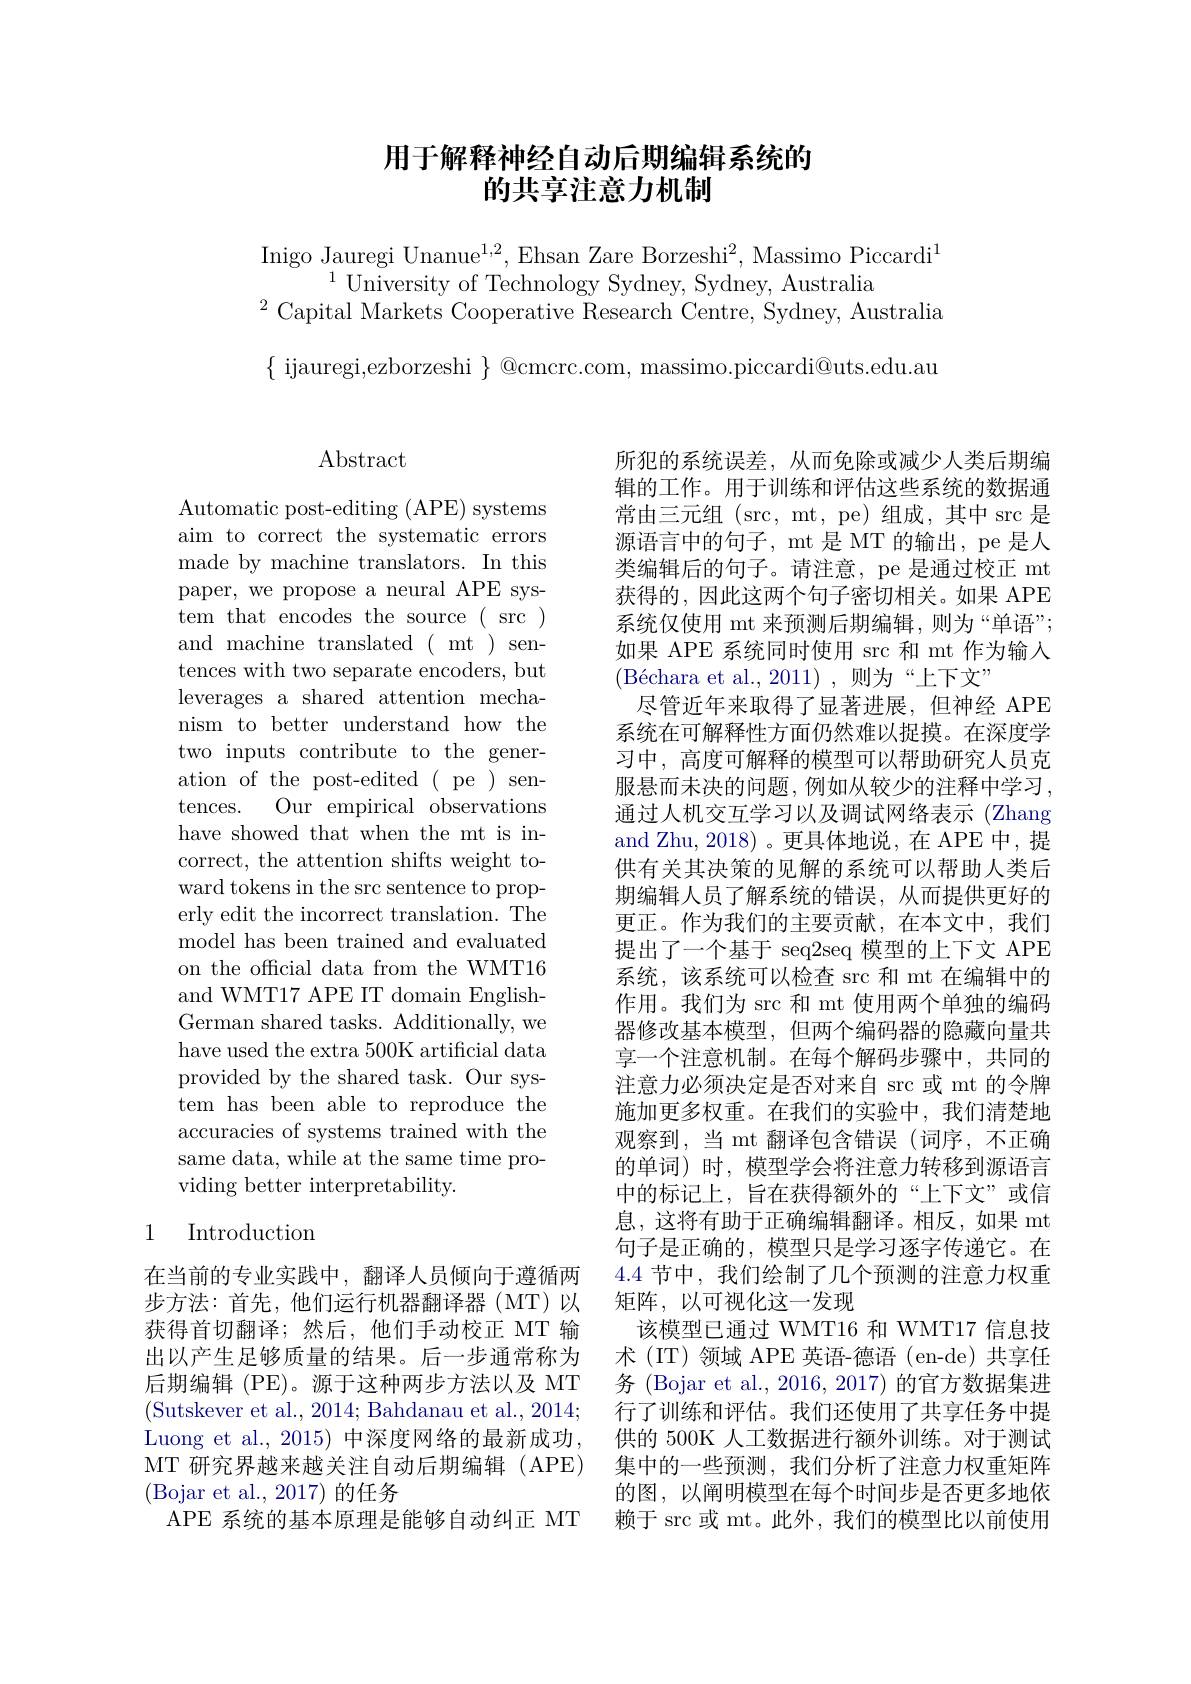
## 用于解释神经自动后期编辑系统的的共享注意力机制

Inigo Jauregi Unanue$^1,2$,Ehsan Zare Borzeshi$^2$, Massimo Piccardi$^1$
$^{1}$University of Technology Sydney, Sydney, Australia
$^{2}$Capital Markets Cooperative Research Centre, Sydney, Australia

$\{$ ijauregi,ezborzeshi $\}$ @cmcrc.com, massimo.piccardi@uts.edu.au

## $\operatorname{Abstract}$

Automatic post-editing (APE) systems aim to correct the systematic errors made by machine translators. In this paper, we propose a neural APE system that encodes the source ( src ) and machine translated ( mt ) sentences with two separate encoders, but leverages a shared attention mechanism to better understand how the two inputs contribute to the generation of the post-edited( pe ) sentences. Our empirical observations have showed that when the mt is incorrect, the attention shifts weight toward tokens in the src sentence to properly edit the incorrect translation. The model has been trained and evaluated on the official data from the WMT16 and WMT17 APE IT domain EnglishGerman shared tasks. Additionally, we have used the extra 500K artificial data provided by the shared task. Our system has been able to reproduce the accuracies of systems trained with the same data, while at the same time providing better interpretability.

### 1 Introduction

在当前的专业实践中，翻译人员倾向于遵循两步方法：首先，他们运行机器翻译器(MT)以获得首切翻译；然后，他们手动校正 MT 输出以产生足够质量的结果。后一步通常称为后期编辑 (PE)。源于这种两步方法以及 MT (Sutskever et al., 2014; Bahdanau et al., 2014; Luong et al., 2015) 中深度网络的最新成功， MT 研究界越来越关注自动后期编辑(APE) (Bojar et al.,2017)的任务
APE 系统的基本原理是能够自动纠正 MT

所犯的系统误差，从而免除或减少人类后期编辑的工作。用于训练和评估这些系统的数据通常由三元组 (src, mt, pe)组成，其中$\operatorname{src}$是源语言中的句子，mt 是 MT 的输出，pe 是人类编辑后的句子。请注意，pe 是通过校正 mt 获得的，因此这两个句子密切相关。如果 APE 系统仅使用 mt 来预测后期编辑，则为“单语”; 如果 APE 系统同时使用 src 和 mt 作为输入$( \text{B\' {e}charaetal. , 2011) , 则 为 “ 上 下 文 ” }$
尽管近年来取得了显著进展，但神经 APE 系统在可解释性方面仍然难以捉摸。在深度学习中，高度可解释的模型可以帮助研究人员克服悬而未决的问题，例如从较少的注释中学习， 通过人机交互学习以及调试网络表示 (Zhang and Zhu, 2018)。更具体地说，在 APE 中，提供有关其决策的见解的系统可以帮助人类后期编辑人员了解系统的错误，从而提供更好的更正。作为我们的主要贡献，在本文中，我们提出了一个基于 seq2seq 模型的上下文 APE 系统，该系统可以检查 src 和 mt 在编辑中的作用。我们为 src 和 mt 使用两个单独的编码器修改基本模型，但两个编码器的隐藏向量共享一个注意机制。在每个解码步骤中，共同的注意力必须决定是否对来自 src 或 mt 的令牌施加更多权重。在我们的实验中，我们清楚地观察到，当 mt 翻译包含错误(词序，不正确的单词) 时，模型学会将注意力转移到源语言中的标记上，旨在获得额外的“上下文”或信息，这将有助于正确编辑翻译。相反，如果 mt 句子是正确的，模型只是学习逐字传递它。在4.4节中，我们绘制了几个预测的注意力权重矩阵，以可视化这一发现
该模型已通过 WMT16 和 WMT17 信息技术 (IT)领域 APE 英语-德语 (en-de)共享任务 (Bojar et al., 2016, 2017) 的官方数据集进行了训练和评估。我们还使用了共享任务中提供的 500K 人工数据进行额外训练。对于测试集中的一些预测，我们分析了注意力权重矩阵的图，以阐明模型在每个时间步是否更多地依赖于 $\operatorname{src}$或 mt。此外，我们的模型比以前使用